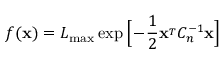
f ( { \bf x } ) = { \cal L } _ { \mathrm { m a x } } \exp \Big [ \! - \! { \frac { 1 } { 2 } } { \bf x } ^ { _ T } C _ { n } ^ { - 1 } { \bf x } \Big ]